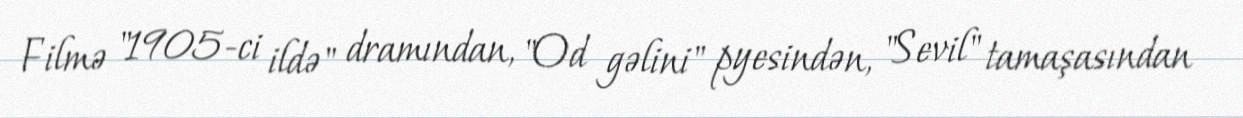
Filmə "1905-ci ildə" dramından, "Od gəlini" pyesindən, "Sevil" tamaşasından